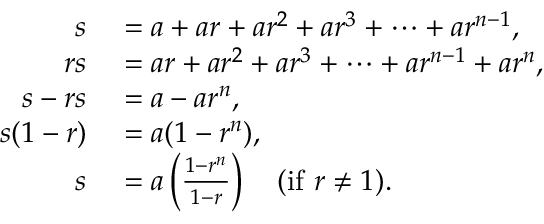
\begin{array} { r l } { s } & { { } = a + a r + a r ^ { 2 } + a r ^ { 3 } + \cdots + a r ^ { n - 1 } , } \\ { r s } & { { } = a r + a r ^ { 2 } + a r ^ { 3 } + \cdots + a r ^ { n - 1 } + a r ^ { n } , } \\ { s - r s } & { { } = a - a r ^ { n } , } \\ { s ( 1 - r ) } & { { } = a ( 1 - r ^ { n } ) , } \\ { s } & { { } = a \left( { \frac { 1 - r ^ { n } } { 1 - r } } \right) \quad { \mathrm { ( i f ~ } } r \neq 1 { \mathrm { ) } } . } \end{array}